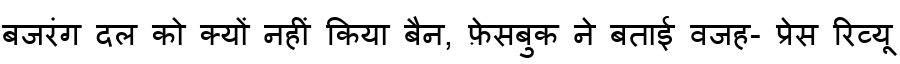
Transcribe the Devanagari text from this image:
बजरंग दल को क्यों नहीं किया बैन, फ़ेसबुक ने बताई वजह- प्रेस रिव्यू